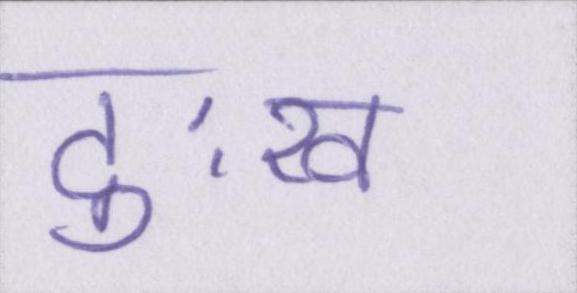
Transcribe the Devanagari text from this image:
दुःख